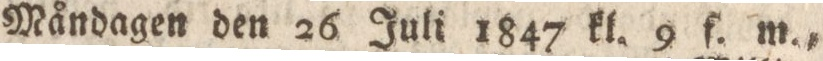
Måndagen den 26 Juli 1847 kl. 9 f. m.,